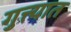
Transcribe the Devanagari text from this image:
गुत्त्यात